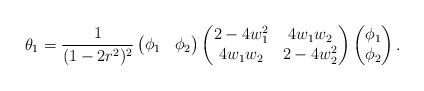
LaTeX: \begin{align*}\theta_1 = \frac{1}{(1-2r^2)^2}\begin{pmatrix} \phi_1 & \phi_2\end{pmatrix}\begin{pmatrix} 2-4w_1^2 & 4w_1w_2\\4w_1w_2 & 2-4w_2^2\end{pmatrix} \begin{pmatrix} \phi_1 \\ \phi_2\end{pmatrix}.\end{align*}